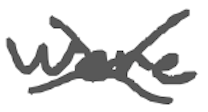
Text: were
Cross-out: cross
Writing tool: digital_gray